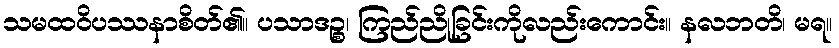
သမထဝိပဿနာစိတ်၏။ ပသာဒဉ္စ၊ ကြည်ညိုခြင်းကိုလည်းကောင်း။ နလဘတိ၊ မရ။